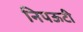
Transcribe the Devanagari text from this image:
निपऊटी